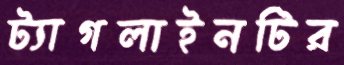
ট্যাগলাইনটির